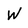
Character: W